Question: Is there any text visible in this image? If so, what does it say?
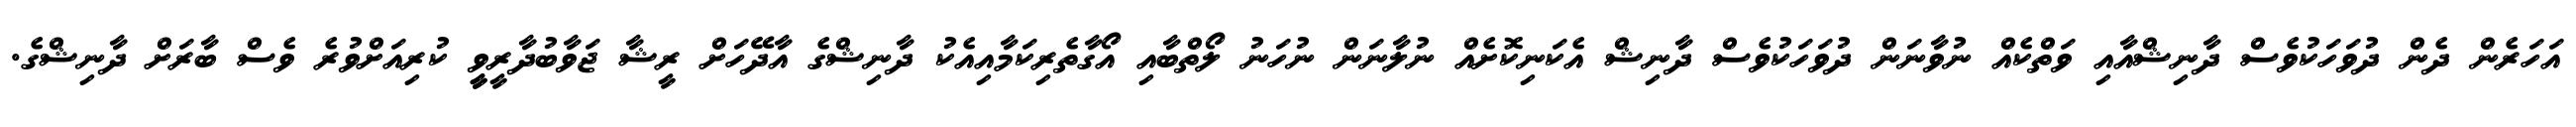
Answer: އަހަރެން ދެން ދުވަހަކުވެސް ދާނިޝްއާއި ވަތްކެއް ނުވާނަން ދުވަހަކުވެސް ދާނިޝް އެކަނިކޮށެއް ނުލާނަން ނުހަނު ލޯތްބާއި އޯގާތެރިކަމާއިއެކު ދާނިޝްގެ އާދޭހަށް ރީޝާ ޖަވާބުދާރީވީީ ކުރިއަށްވުރެ ވެސް ބާރަށް ދާނިޝްގެ.